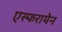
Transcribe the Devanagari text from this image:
एस्फरायेन